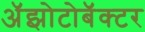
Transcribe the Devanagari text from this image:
अॅझोटोबॅक्टर